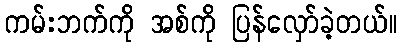
ကမ်းဘက်ကို အစ်ကို ပြန်လှော်ခဲ့တယ်။